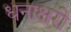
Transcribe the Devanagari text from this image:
धनाक्षरी